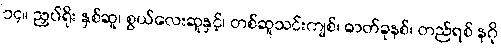
၁၄။ ညှပ်ရိုး နှစ်ဆူ၊ စွယ်လေးဆူနှင့်၊ တစ်ဆူသင်းကျစ်၊ ဓာတ်ခုနစ်၊ တည်ရစ် နဂို